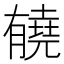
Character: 𰗏